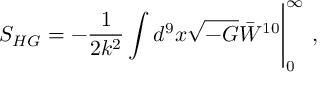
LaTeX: S _ { H G } = - \frac { 1 } { 2 k ^ { 2 } } \int d ^ { 9 } x \sqrt { - G } \bar { W } ^ { 1 0 } \Bigg | _ { 0 } ^ { \infty } \ ,